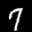
Label: 7